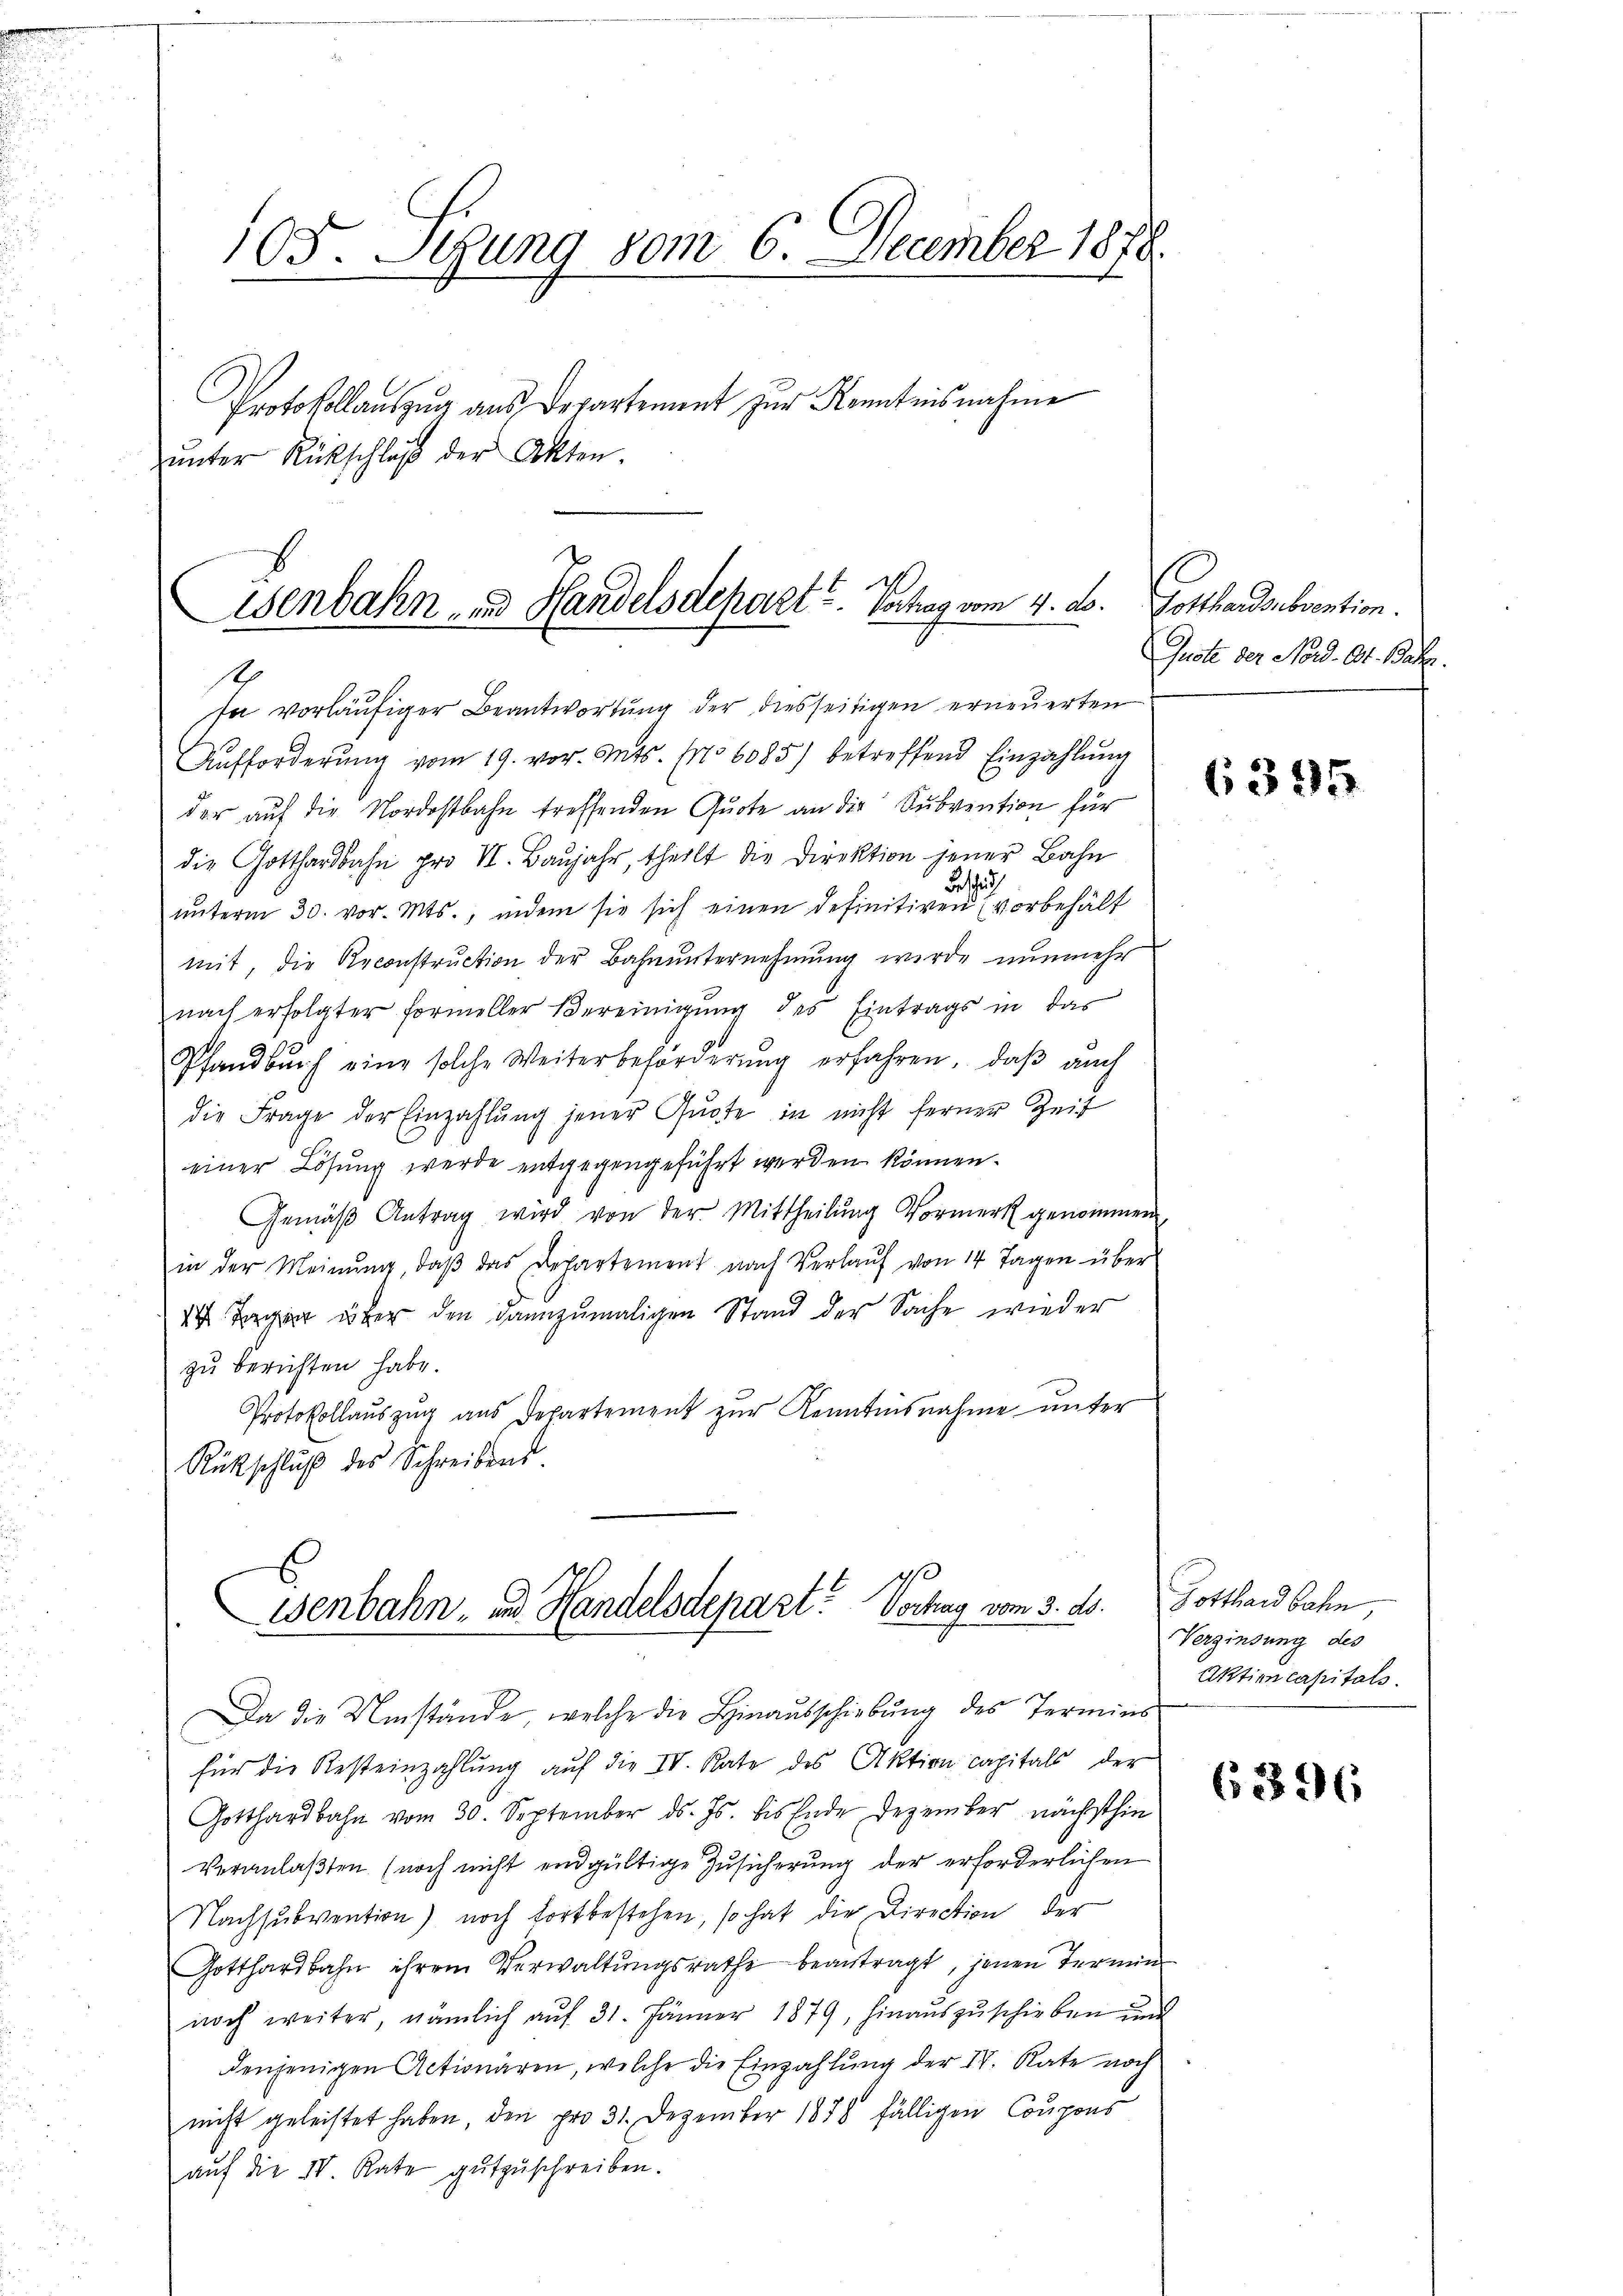
105. Sitzung vom 6. December 1878.

Protokollauszug aus Departement zur Kenntnisnahme
ŭnter Rückschluß der Akten.

Eisenbahn- und Handelsdepart u. Vortrag vom 4. ds.

1
sa vorläufiger Beantwortung der diesseitigen erneuerten
Aŭfforderŭng vom 19. vor. Mts. No 6085) betreffend Einzahlŭng
der auf die Nordostbahn treffenden Quote an die Subvention für
die Gotthardbahn pro II. Baŭjahr, theilt die Direktion jener Bahn
Beschich
ŭnterm 30. vor. Mts., indem sie sich einen definitiven (vorbehält
mit, die Reconstruction der Bahnunternehmung wurde nunmehr
nach erfolgter formeller Vereinigŭng des Eintrags in das
Pfandbuch eine solche Weiterbehörderŭng erfahren, daβ aŭch
die Frage der Einzahlŭng jener Quote in nicht ferner Zeit
einer Lösung werde entgegengeführt werden können.
Gemäβ Antrag wird von der Mittheilung Vormerk genommen,
in der Meinŭng, daβ das Departement nach Verlaŭf von 14 Tagen über
d Tag über den dannzumaligen Stand der Sache wieder
zu berichten habe.
Protokollauszug aus Departement zur Kenntnisnahme unter
Rückschlŭβ des Schreibens.
Wenbahn- und Handelsdepart. Vortrag vom 3. ds. Gotthardbahn,
Da die Umstände, welche die Hinausschiebung des Termins
für die Resteinzahlung auf die IV. Rate des Aktion capitals der
Gotthardbahn vom 30. September ds. Js. bis Ende Dezember nächsthin
Veranlaßten (noch nicht endgültige Zusicherung der erforderlichen
Nachsubvention) noch fortbestehen, so hat die Direction der
Gotthardbahn ihrem Verwaltŭngsrathe beantragt, jenen Termin
noch weiter, nämlich auf 31. Jänner 1879, hinauszuschieben und
denjenigen Actionären, welche die Einzahlung der IV. Rate noch
nicht geleistet haben, den pro 31. Dezember 1878 fälligen Coupons
auf die IV Rate gutzuschreiben.

Gotthardsubvention.
Quote der Nord-Ot. Bähr.

6395

Verzinsung des
Aktien capitals.

6396